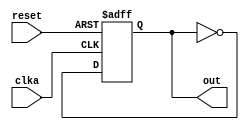
module test_mod (reset,clka,out);
input reset;
input clka;
output out;

reg out;

always @(posedge clka or posedge reset)
  if(reset)
     out = 0;
  else
     out = ~out;

endmodule